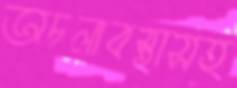
অচলাবস্থাসহ